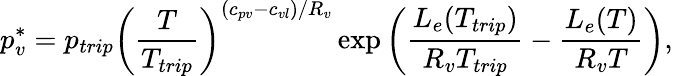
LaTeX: p_{v}^{*}=p_{trip}\left(\frac{T}{T_{trip}}\right)^{(c_{pv}-c_{vl})/R_{v}}\exp\left(\frac{L_{e}(T_{trip})}{R_{v}T_{trip}}-\frac{L_{e}(T)}{R_{v}T}\right),